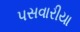
પસવારીયા